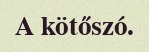
A kötőszó.